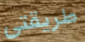
طريقتى